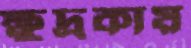
ক্ষুদ্রকায়